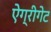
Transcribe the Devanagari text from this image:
ऐग्रीगेट